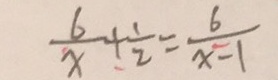
\frac { 6 } { x } + \frac { 1 } { 2 } = \frac { 6 } { x - 1 }